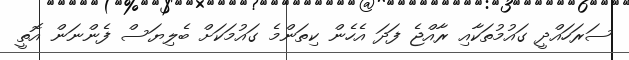
ސަރަހައްދީ ގައުމުތަކާއި ރާއްޖެ ފަދަ އެހެން ކިތަންމެ ގައުމަކަށް ބެލިޔަސް ފެންނަން އޮތީ